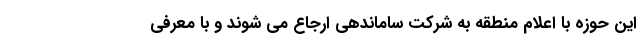
این حوزه با اعلام منطقه به شرکت ساماندهی ارجاع می شوند و با معرفی